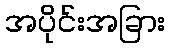
အပိုင်းအခြား